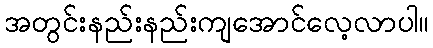
အတွင်းနည်းနည်းကျအောင်လေ့လာပါ။